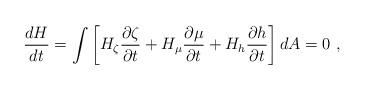
LaTeX: \begin{align*}\frac{dH}{dt}= \int \left[ H_{\zeta} \frac{\partial \zeta}{\partial t} + H_{\mu} \frac{\partial \mu}{\partial t} + H_h \frac{\partial h}{\partial t} \right] dA = 0~,\end{align*}